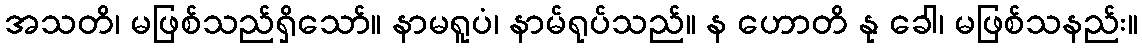
အသတိ၊ မဖြစ်သည်ရှိသော်။ နာမရူပံ၊ နာမ်ရုပ်သည်။ န ဟောတိ နု ခေါ၊ မဖြစ်သနည်း။